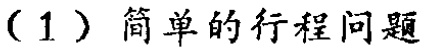
（1）简单的行程问题